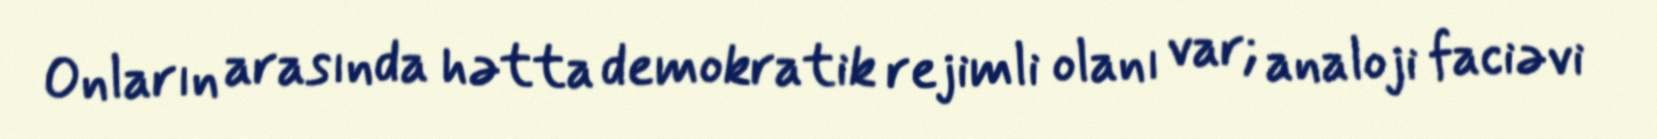
Onların arasında hətta demokratik rejimli olanı var; analoji faciəvi